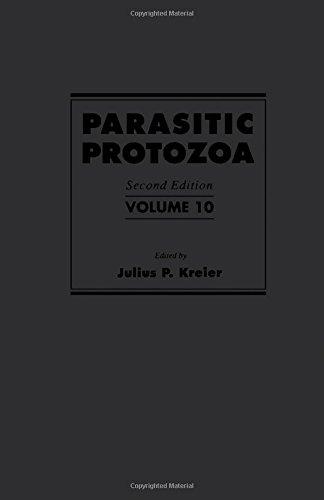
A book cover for Parasitic Protozoa, Second Edition: Volume 10; Medical Books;